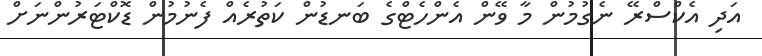
އަދި އެކްސްރޭ ނެގުމުން މާ ވޭން އެންހެޓްގެ ބަނޑުން ކަތުރެއް ފެނުމުން ޑޮކްޓަރުންނަށް